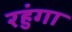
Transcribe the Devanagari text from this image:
रहुंगा